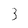
Character: 3